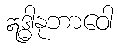
ဣဒ္ဓါနုဘာဝေါ